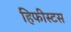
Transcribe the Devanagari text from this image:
हिफीस्टस